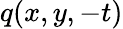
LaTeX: q(x,y,-t)